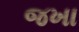
જખા